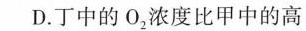
D.丁中的0_{2}浓度比甲中的高